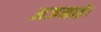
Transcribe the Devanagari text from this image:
अजमाई।